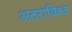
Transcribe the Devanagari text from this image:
अठराविश्व